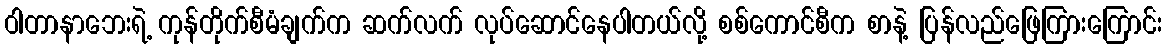
ဝါတာနာဘေးရဲ့ ကုန်တိုက်စီမံချက်က ဆက်လက် လုပ်ဆောင်နေပါတယ်လို့ စစ်ကောင်စီက စာနဲ့ ပြန်လည်ဖြေကြားကြောင်း